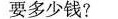
要多少钱?